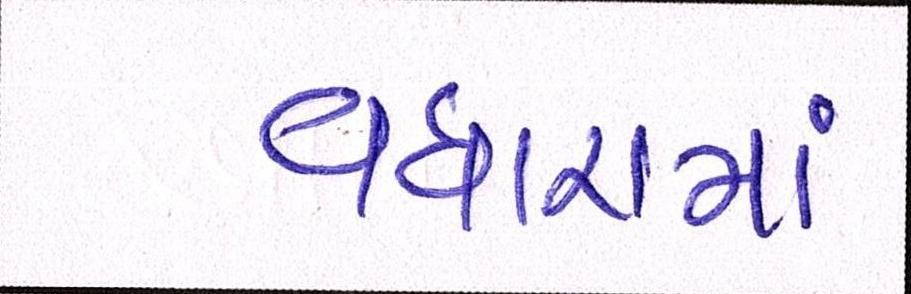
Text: વધારામાં